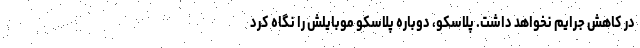
در کاهش جرایم نخواهد داشت. پلاسکو، دوباره پلاسکو موبایلش را نگاه کرد